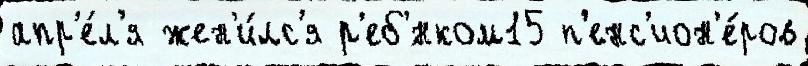
апр'е́л'я жен'и́лс'я р'еб'́нком15 п'енс'ион'е́ров